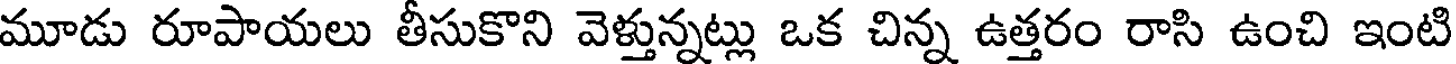
మూడు రూపాయలు తీసుకొని వెళ్తున్నట్లు ఒక చిన్న ఉత్తరం రాసి ఉంచి ఇంటి